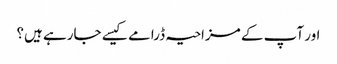
اور آپ کے مزاحیہ ڈرامے کیسے جارہے ہیں؟